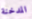
المدخنة